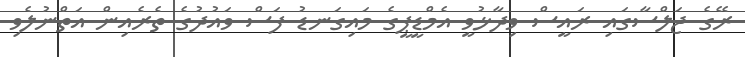
ރޭގެ ޖަލްސާގައި ރައީސް ވިދާޅުވީ އެމްޑީޕީގެ މައިގަނޑު ފަސް ވައުދުގެ ތެރެއިން އަތްނުލެވި